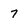
Character: 7